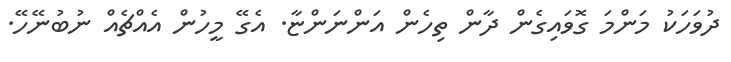
ދުވަހަކު މަންމަ ގޮވައިގެން ދާން ތިހެން އަންނަންޏާ. އެގޭ މީހުން އެއްޗެއް ނުބުނޭހޭ.